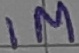
Text: 1M